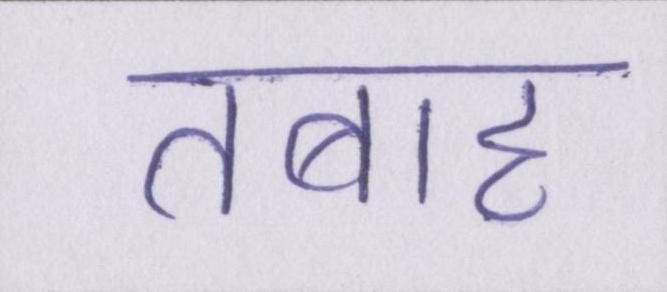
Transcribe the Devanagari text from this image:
तबाह